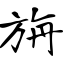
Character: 旃